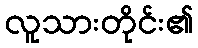
လူသားတိုင်း၏